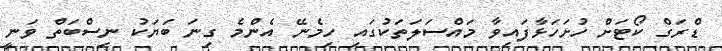
ޑްރަގް ކޯޓަށް ހުށަހަޅާފައިވާ މައްސަލަތަކުގައި ހިމެނޭ އެންމެ ގިނަ ބަޔަކު ނިސްބަތް ވަނީ